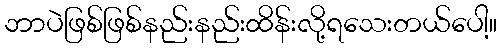
ဘာပဲဖြစ်ဖြစ်နည်းနည်းထိန်းလို့ရသေးတယ်ပေါ့။